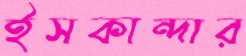
ইসকান্দার